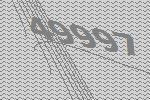
49997